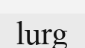
lurg